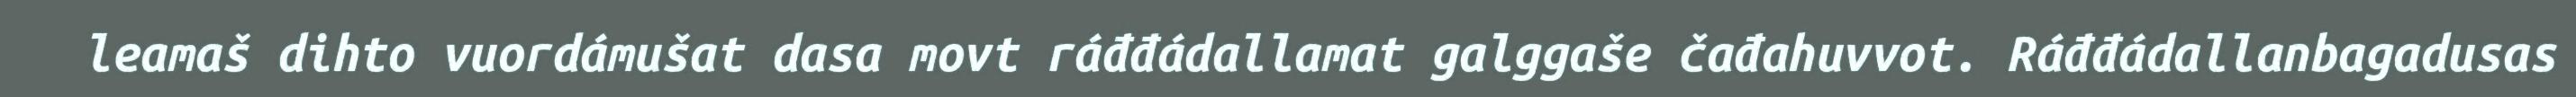
leamaš dihto vuordámušat dasa movt ráđđádallamat galggaše čađahuvvot. Ráđđádallanbagadusas